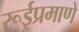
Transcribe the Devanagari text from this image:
रूईप्रमाणे